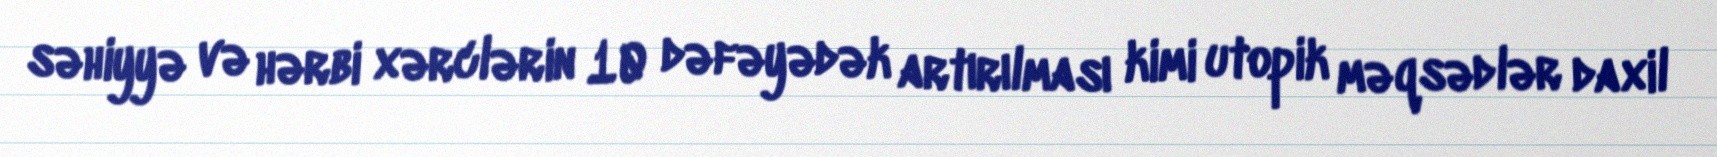
səhiyyə və hərbi xərclərin 10 dəfəyədək artırılması kimi utopik məqsədlər daxil